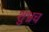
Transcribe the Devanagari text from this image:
शुभ्रच